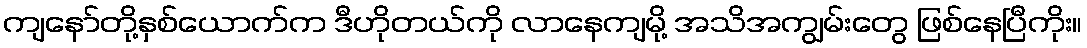
ကျနော်တို့နှစ်ယောက်က ဒီဟိုတယ်ကို လာနေကျမို့ အသိအကျွမ်းတွေ ဖြစ်နေပြီကိုး။